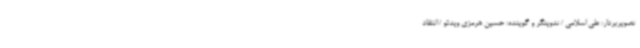
تصویربردار: علی اسلامی / تدوینگر و گوینده: حسین هرمزی ویدئو / انتقاد